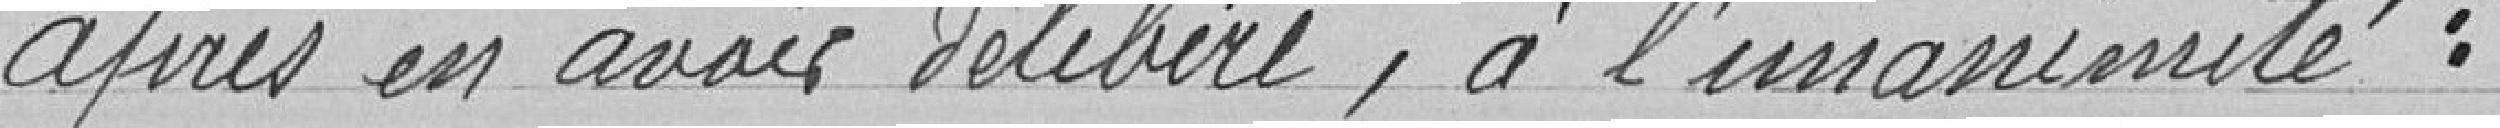
Après en avoir délibéré, à l'unanimité :